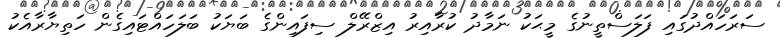
ސަރަހައްދުގައި ފަލަސްތީނުގެ މީޙަކު ނަމާދު ކުރާއިރު އިޒްރޭލް ސިފައިންގެ ބަޔަކު ބަލަހައްޓައިގެން ހަތިޔާރާއެކު